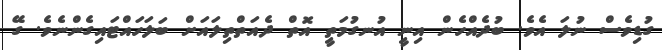
ގުޑިވެސް ނުލަ އެވެ. ބުދެއްހެން އިނީ އުނގުމަތީ އޮތް ދެއަތްތިލައަށް ބަލަހައްޓައިގެންނެވެ. ގޭ